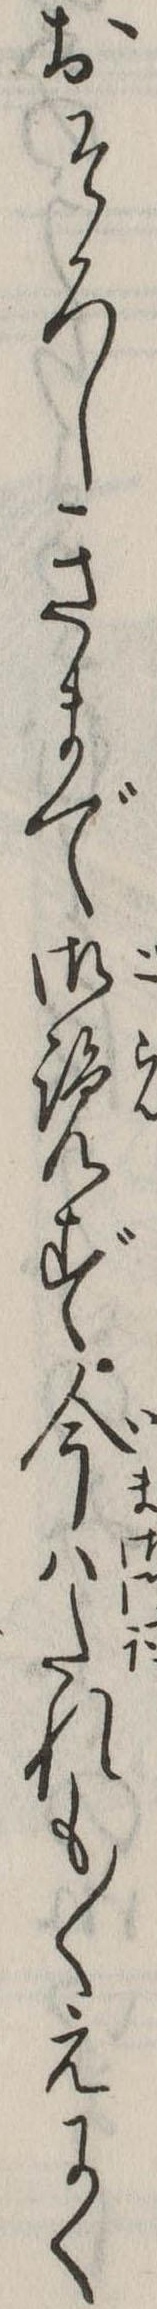
おそろしきまで御覧ず今はたれも〱えにく